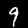
Label: 9